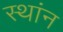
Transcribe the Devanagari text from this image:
स्थांन